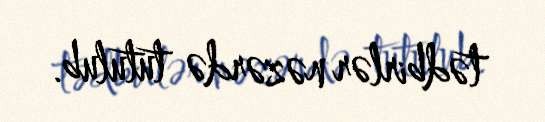
tədbirlər nəzərdə tutulub.